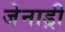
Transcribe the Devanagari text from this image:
जेनाड्री